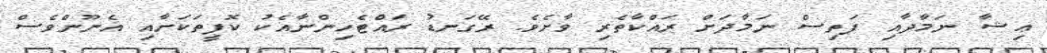
ޢިިޝާ ނަމާދާއި ފަތިސް ނަމާދަށް ރައްކާތެރި ވާށެވެ. ރޭގަނޑު ރައްޓެހިންނާއެކު ކޮފީތަކަށާއި އެނޫންވެސް